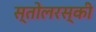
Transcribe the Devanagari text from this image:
स्तोलरस्की